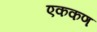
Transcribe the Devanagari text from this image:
एककण